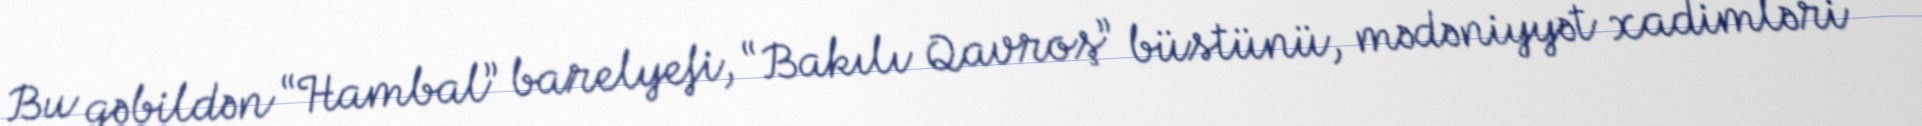
Bu qəbildən “Hambal” barelyefi, “Bakılı Qavroş” büstünü, mədəniyyət xadimləri